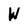
Character: W